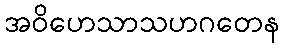
အဝိဟေသာသဟဂတေန